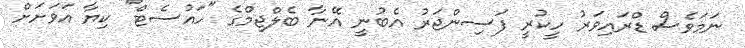
ނަމަވެސް ޑްރައިވަރު ހީކުރީ ފަސިންޖަރު އެބުނީ އޭނާ ބެލްޖިމްގެ "ހައުސެޓް" ކިޔާ އަވަށަށް